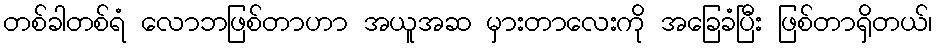
တစ်ခါတစ်ရံ လောဘဖြစ်တာဟာ အယူအဆ မှားတာလေးကို အခြေခံပြီး ဖြစ်တာရှိတယ်၊